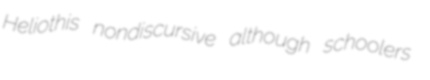
Heliothis nondiscursive although schoolers